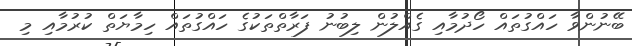
ބޭނުންވާ ހައްގުތައް ހޯދުމާއި ގެއްލުން ލިބުނު ފަރާތްތަކުގެ ހައްގުތައް ހިމާޔަތް ކުރުމާއި މި